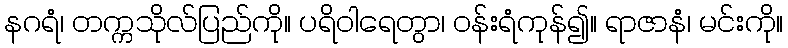
နဂရံ၊ တက္ကသိုလ်ပြည်ကို။ ပရိဝါရေတွာ၊ ဝန်းရံကုန်၍။ ရာဇာနံ၊ မင်းကို။